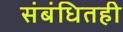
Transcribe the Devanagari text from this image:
संबंधितही